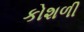
કોશળી